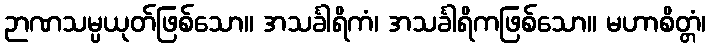
ဉာဏသမ္ပယုတ်ဖြစ်သော။ အသင်္ခါရိကံ၊ အသင်္ခါရိကဖြစ်သော။ မဟာစိတ္တံ၊